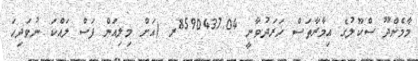
މާމެންދޫ ސްކޫލުގެ އިމާރާތަސް ހަރަދުވާނީ 8590437.04ރ (އަށް މިލިއަން ފަސް ލައްކަ ނުވަދިހަ